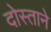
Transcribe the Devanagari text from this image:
दोस्ताने